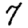
Digit: 7